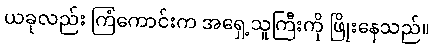
ယခုလည်း ကြံကောင်းက အရှေ့သူကြီးကို ဖြိုးနေသည်။